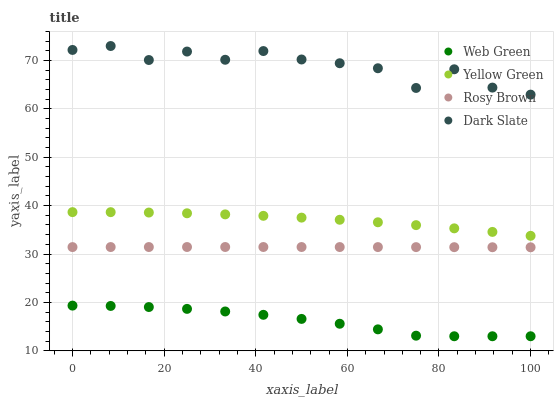
| xaxis_label | Web Green | Yellow Green | Rosy Brown | Dark Slate |
 | --- | --- | --- | --- | --- |
 | 0 | 19.3 | 38.7 | 31.4 | 72.2 |
 | 8.33 | 19.3 | 38.7 | 31.4 | 73 |
 | 16.7 | 19 | 38.6 | 31.4 | 70.1 |
 | 25 | 18.7 | 38.4 | 31.4 | 71.9 |
 | 33.3 | 18.1 | 38.2 | 31.4 | 70.2 |
 | 41.7 | 17.4 | 37.9 | 31.4 | 72 |
 | 50 | 16.6 | 37.5 | 31.4 | 70.2 |
 | 58.3 | 15.6 | 37.1 | 31.4 | 69.4 |
 | 66.7 | 14.4 | 36.6 | 31.4 | 68.4 |
 | 75 | 13.1 | 36 | 31.4 | 64.3 |
 | 83.3 | 13 | 35.3 | 31.4 | 68.2 |
 | 91.7 | 13 | 34.6 | 31.4 | 64.4 |
 | 100 | 13 | 33.8 | 31.4 | 62.9 |